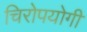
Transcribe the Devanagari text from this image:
चिरोपयोगी